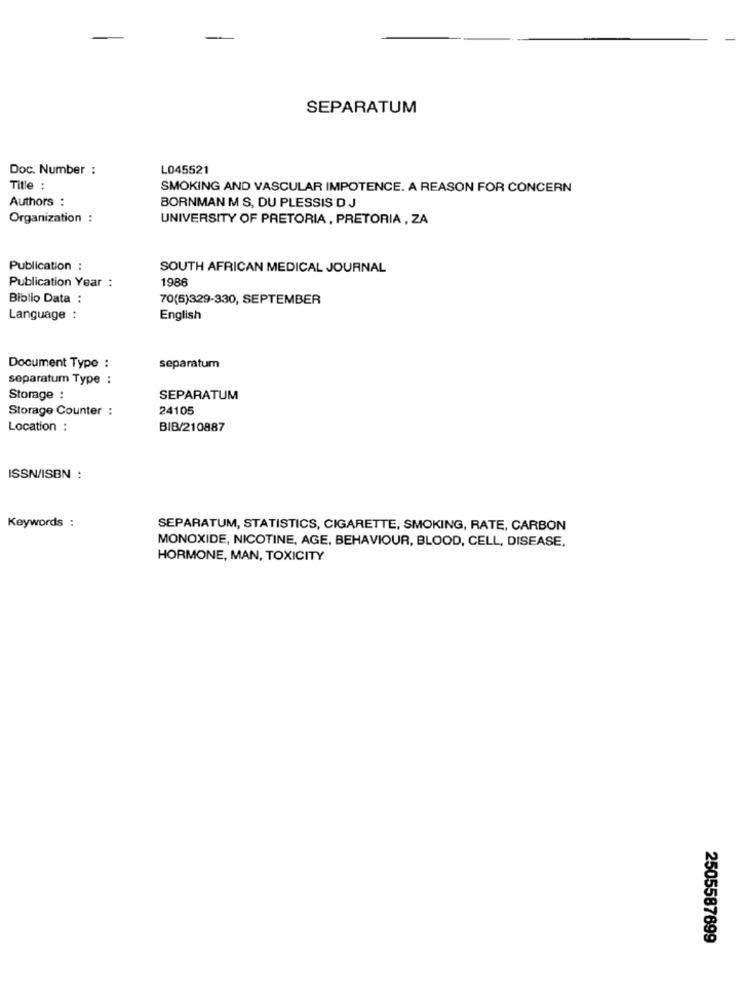
SEPARATUM
Doc. Number :
L045521
Title :
SMOKING AND VASCULAR IMPOTENCE. A REASON FOR CONCERN
Authors :
BORNMAN M S, DU PLESSIS D J
Organization :
UNIVERSITY OF PRETORIA, PRETORIA , ZA
Publication :
SOUTH AFRICAN MEDICAL JOURNAL
1986
Publication Year :
Biblio Data :
70(6)329-330, SEPTEMBER
Language :
English
Document Type :
separatum
separatum Type :
Storage :
SEPARATUM
Storage Counter :
24105
Location :
BIB/210887
ISSN/ISBN :
Keywords :
SEPARATUM, STATISTICS, CIGARETTE, SMOKING, RATE, CARBON
MONOXIDE, NICOTINE, AGE, BEHAVIOUR, BLOOD, CELL, DISEASE,
HORMONE, MAN, TOXICITY
2505587699